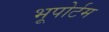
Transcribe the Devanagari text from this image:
भूपोर्टम